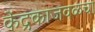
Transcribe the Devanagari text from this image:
केंद्रकाजवळचा